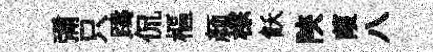
彌只躊侃樞颜棕飫陝葭八